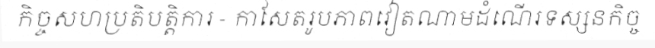
កិច្ចសហប្រតិបត្តិការ - កាសែតរូបភាពវៀតណាមដំណើរទស្សនកិច្ច